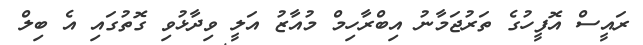
ރައީސް އޮފީހުގެ ތަރުޖަމާނު އިބްރާހިމް މުއާޒު އަލީ ވިދާޅުވި ގޮތުގައި އެ ބިލް